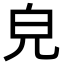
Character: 皃